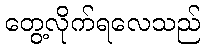
တွေ့လိုက်ရလေသည်